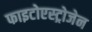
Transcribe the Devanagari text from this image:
फाइटोएस्ट्रोजेन